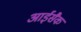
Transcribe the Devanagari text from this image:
आईसैक